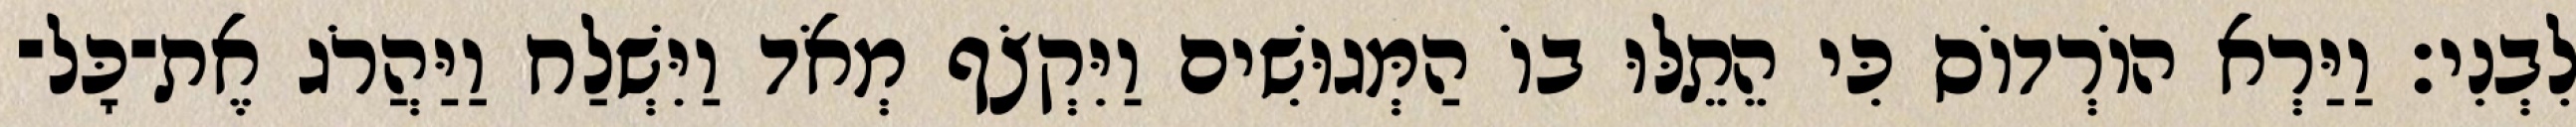
לִבְנִי׃ וַיַּרְא הוֹרְדוֹס כִּי הֵתֵלּוּ בוֹ הַמְּגוּשִׁים וַיִּקְצֹף מְאֹד וַיִּשְׁלַח וַיַּהֲרֹג אֶת־כָּל־